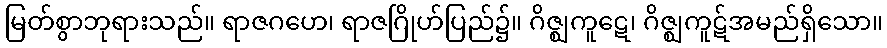
မြတ်စွာဘုရားသည်။ ရာဇဂဟေ၊ ရာဇဂြိုဟ်ပြည်၌။ ဂိဇ္ဈကူဋေ၊ ဂိဇ္ဈကူဋ်အမည်ရှိသော။